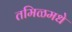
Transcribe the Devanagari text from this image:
तमिळमधे